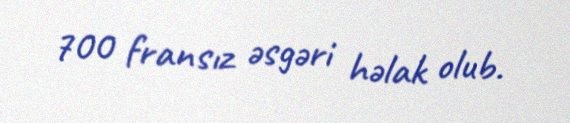
700 fransız əsgəri həlak olub.